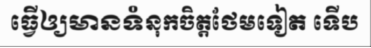
ធ្វើឲ្យមានទំនុកចិត្តថែមទៀត ទើប